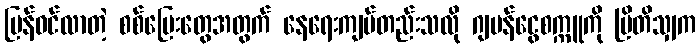
ပြန်ဝင်လာတဲ့ စစ်ပြေးတွေအတွက် နေရေးကျပ်တည်းသလို ဂျပန်ငွေစက္ကူကို ဗြိတိသျှက